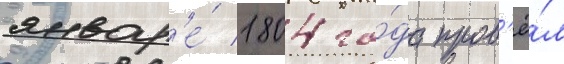
январ'е́ 1804 го́да пров'ё́л